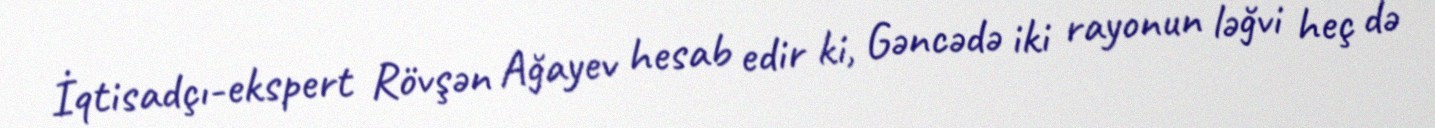
İqtisadçı-ekspert Rövşən Ağayev hesab edir ki, Gəncədə iki rayonun ləğvi heç də